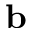
\mathbf { b }